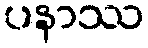
ပနာဿ